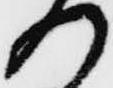
日